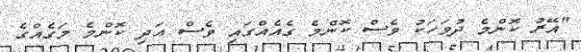
"އޭރު ކޮންމެ ދުވަހަކު ވެސް ކޮންމެ ގެއެއްގައި ވެސް އަދި ކޮންމެ މަގެއްގެ